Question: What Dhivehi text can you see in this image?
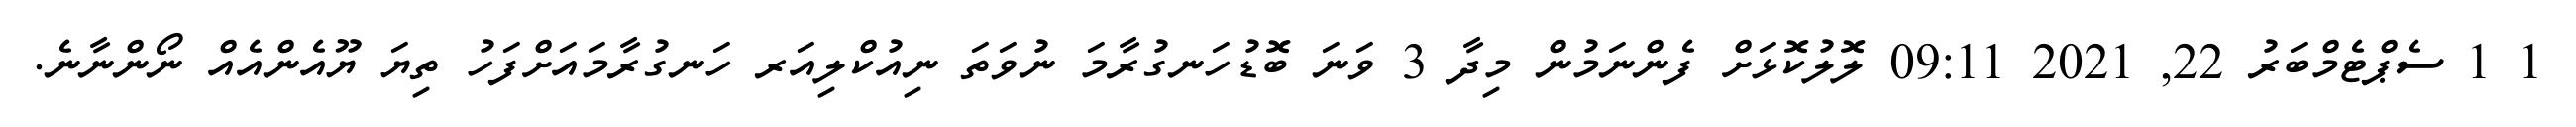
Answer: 1 1 ސެޕްޓެމްބަރު 22, 2021 09:11 ލޮލުކޮޅަށް ފެންނަމުން މިދާ 3 ވަނަ ބޮޑުހަނގުރާމަ ނުވަތަ ނިއުކްލިއަރ ހަނގުރާމައަށްފަހު ތިޔަ ޔޫއެންއެއް ނޯންނާނެ.